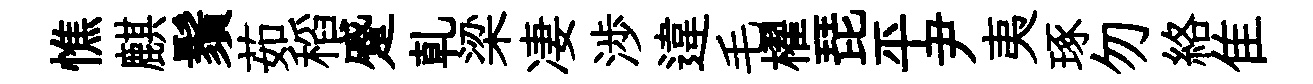
憔麒鬚茹稻蹙乹梁凄渉違毛櫂琵平尹夷琢勿絡隹